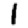
Digit: 1